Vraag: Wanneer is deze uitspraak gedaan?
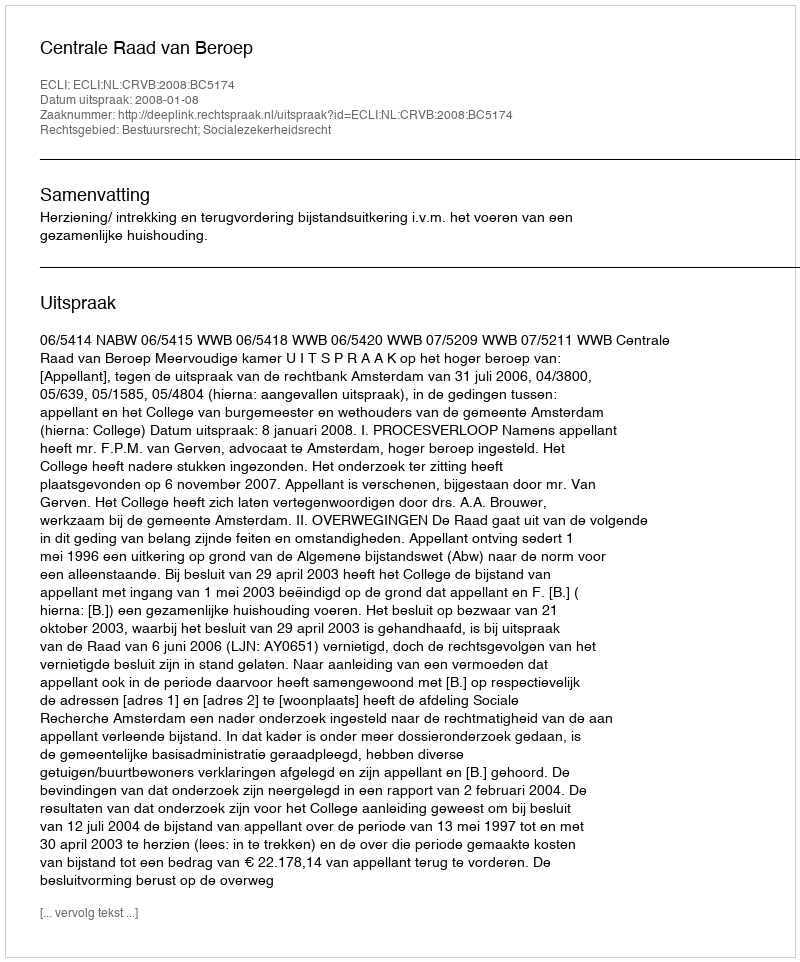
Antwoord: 2008-01-08